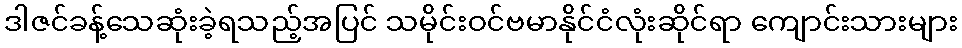
ဒါဇင်ခန့်သေဆုံးခဲ့ရသည့်အပြင် သမိုင်းဝင်ဗမာနိုင်ငံလုံးဆိုင်ရာ ကျောင်းသားများ